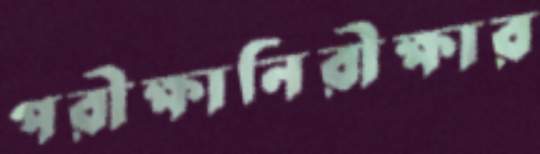
পরীক্ষানিরীক্ষার